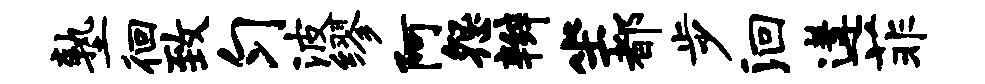
塾徊致匀波缪阿怨辫坐都步洄遘菲